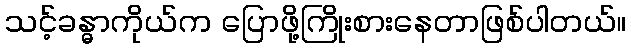
သင့်ခန္ဓာကိုယ်က ပြောဖို့ကြိုးစားနေတာဖြစ်ပါတယ်။